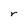
Character: r